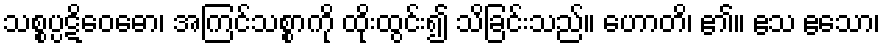
သစ္စပ္ပဋိဝေဓော၊ အကြင်သစ္စာကို ထိုးထွင်း၍ သိခြင်းသည်။ ဟောတိ၊ ၏။ ဧသ ဧသော၊